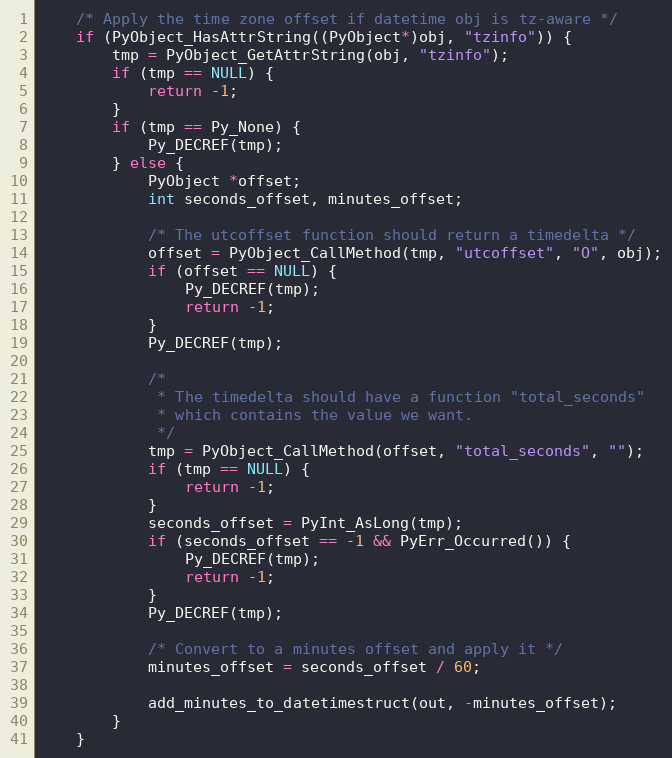
Language: C
    /* Apply the time zone offset if datetime obj is tz-aware */
    if (PyObject_HasAttrString((PyObject*)obj, "tzinfo")) {
        tmp = PyObject_GetAttrString(obj, "tzinfo");
        if (tmp == NULL) {
            return -1;
        }
        if (tmp == Py_None) {
            Py_DECREF(tmp);
        } else {
            PyObject *offset;
            int seconds_offset, minutes_offset;

            /* The utcoffset function should return a timedelta */
            offset = PyObject_CallMethod(tmp, "utcoffset", "O", obj);
            if (offset == NULL) {
                Py_DECREF(tmp);
                return -1;
            }
            Py_DECREF(tmp);

            /*
             * The timedelta should have a function "total_seconds"
             * which contains the value we want.
             */
            tmp = PyObject_CallMethod(offset, "total_seconds", "");
            if (tmp == NULL) {
                return -1;
            }
            seconds_offset = PyInt_AsLong(tmp);
            if (seconds_offset == -1 && PyErr_Occurred()) {
                Py_DECREF(tmp);
                return -1;
            }
            Py_DECREF(tmp);

            /* Convert to a minutes offset and apply it */
            minutes_offset = seconds_offset / 60;

            add_minutes_to_datetimestruct(out, -minutes_offset);
        }
    }